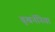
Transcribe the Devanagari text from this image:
बूखनॅनिया